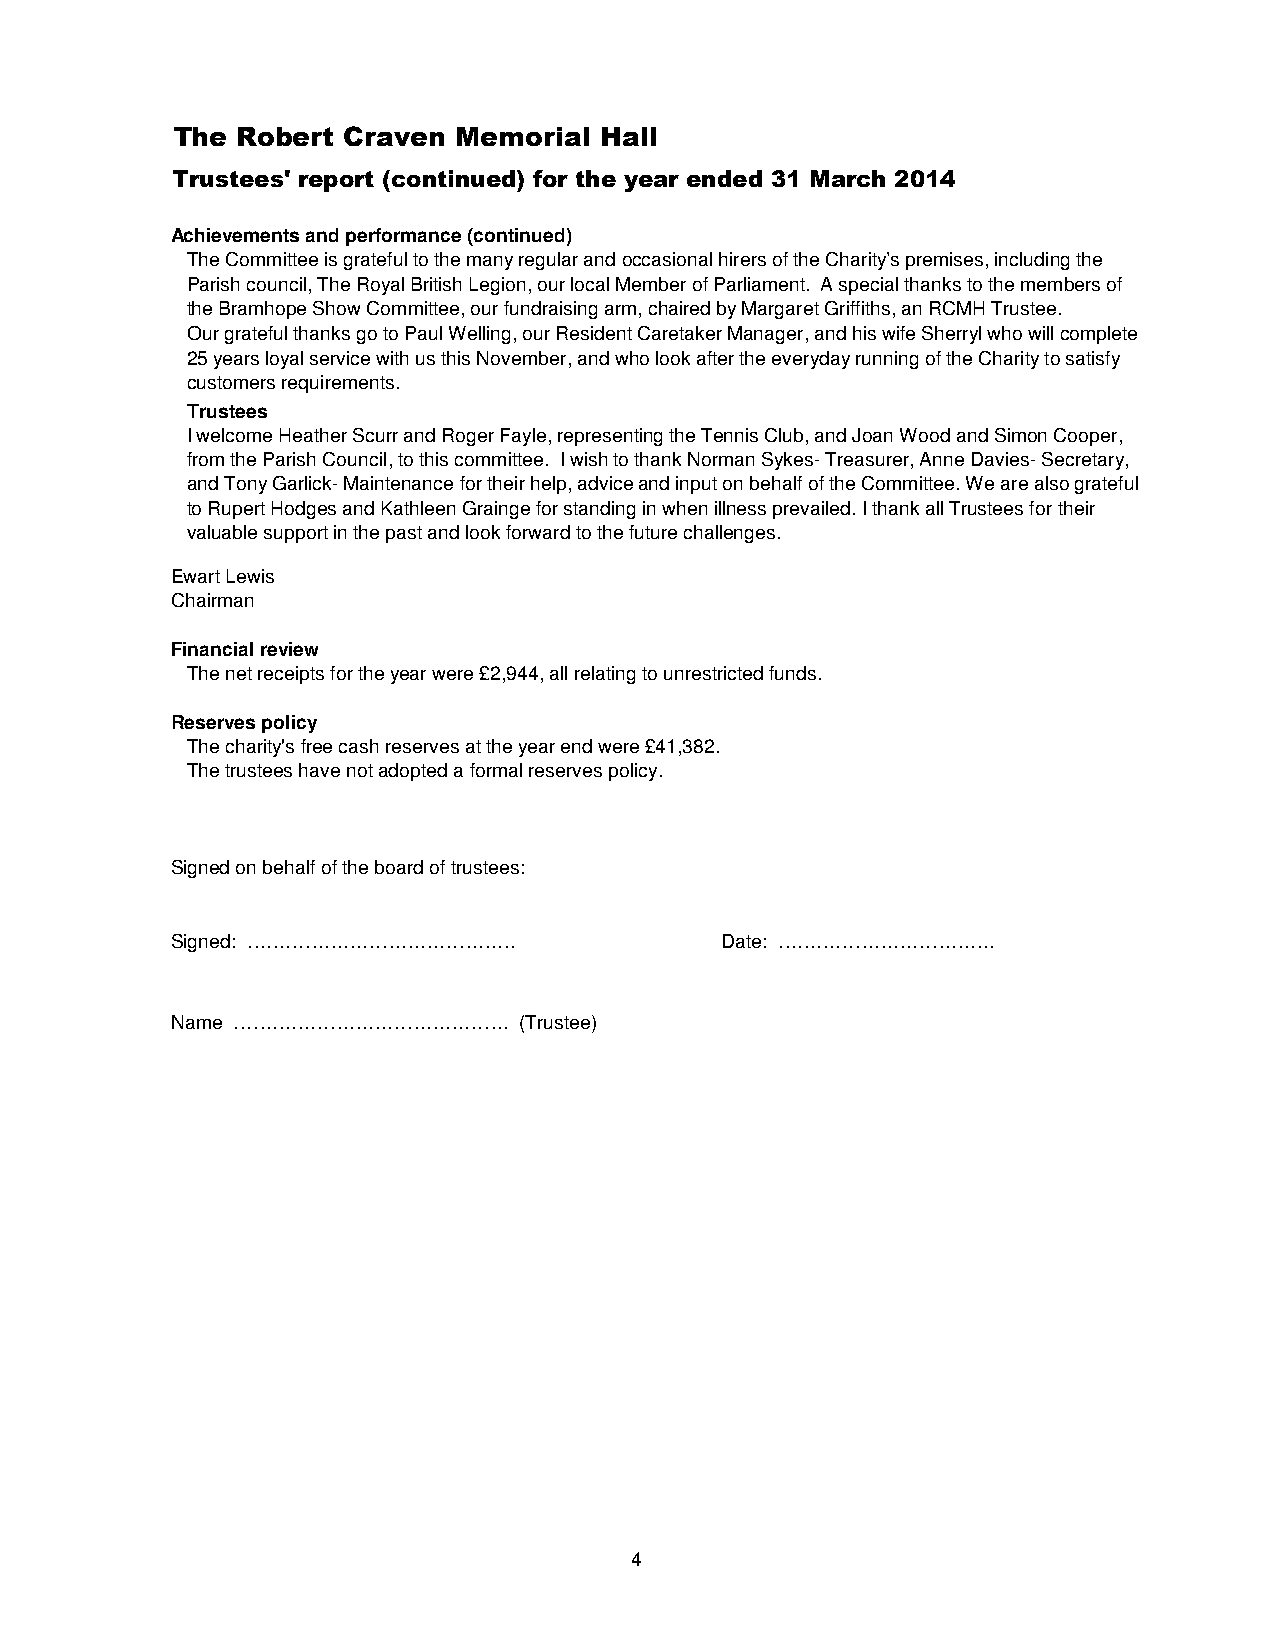
The  Robert Craven Memorial  Hall
 Trustees' report (continued) for the year ended 31 March 2014
 Achievements and performance (continued)
 The Committee is grateful to the many regular and occasional hirers of the Charity’s premises, including the
 Parish council, The Royal British Legion, our local Member of Parliament. A special thanks to the members of
 the Bramhope Show Committee, our fundraising arm, chaired by Margaret Griffiths, an RCMH Trustee.
 Our grateful thanks go to Paul Welling, our Resident Caretaker Manager, and his wife Sherryl who will complete
 25 years loyal service with us this November, and who look after the everyday running of the Charity to satisfy
 customers requirements.
 Trustees
 I welcome Heather Scurr and Roger Fayle, representing the Tennis Club, and Joan Wood and Simon Cooper,
 from the Parish Council, to this committee. I wish to thank Norman Sykes- Treasurer, Anne Davies- Secretary,
 and Tony Garlick- Maintenance for their help, advice and input on behalf of the Committee. We are also grateful
 to Rupert Hodges and Kathleen Grainge for standing in when illness prevailed. I thank all Trustees for their
 valuable support in the past and look forward to the future challenges.
 Ewart Lewis
 Chairman
 Financial review
 The net receipts for the year were £2,944, all relating to unrestricted funds.
 Reserves policy
 The charity's free cash reserves at the year end were £41,382.
 The trustees have not adopted a formal reserves policy.
 Signed on behalf of the board of trustees:
 Signed: ……………………………………               Date: …………………………….
 Name …………………………………….   (Trustee)
 4